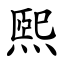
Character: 煕